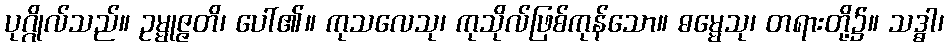
ပုဂ္ဂိုလ်သည်။ ဥမ္မုဇ္ဇတိ၊ ပေါ်၏။ ကုသလေသု၊ ကုသိုလ်ဖြစ်ကုန်သော။ ဓမ္မေသု၊ တရားတို့၌။ သဒ္ဓါ၊